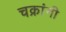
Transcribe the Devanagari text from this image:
चक्रांगी